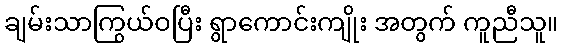
ချမ်းသာကြွယ်ဝပြီး ရွာကောင်းကျိုး အတွက် ကူညီသူ။